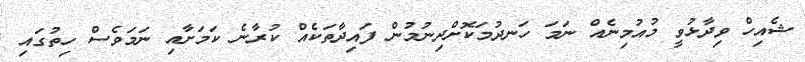
ޝެއިހް ވިދާޅުވީ މުއުމިނެއް ނަމަ ހަނދުމަކޮށްދިނުމުން ފައިދާތަކެއް ކުރާނެ ކަމަށާއި ނަމަވެސް ހިތުގައި